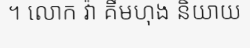
។ លោក វ៉ា គឹមហុង និយាយ